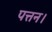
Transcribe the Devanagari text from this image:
पत्तन।